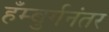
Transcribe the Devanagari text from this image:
हँम्बुर्गनंतर